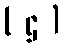
( ဌ )